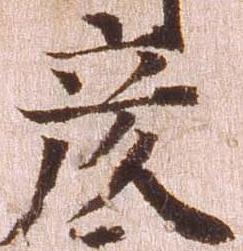
彦